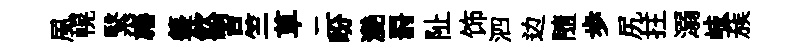
風幌繄旛籩欽習竺草二盼灧罸阯饰泗边隨歩尻拄溺岐蔟